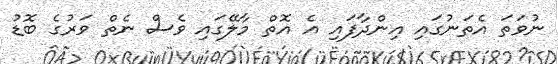
ނުވަތަ އެތަނުގައި އިންދާފައި އެ އޮތް މާލޭގައި ވެސް ނެތް ވަރުގެ ބޮޑު